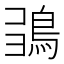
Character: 𩿮